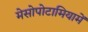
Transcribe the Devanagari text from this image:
मेसोपोटामियामें